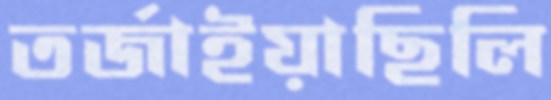
তর্জাইয়াছিলি